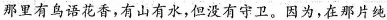
那里有鸟语花香，有山有水，但没有守卫。国为，在那片纯